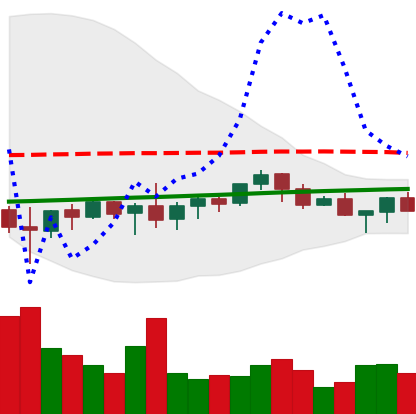
Ticker: XMR-USD
Chart end date: 2021-06-10
Forward return: 9.453%
Label: up_7plus